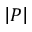
\left| P \right|